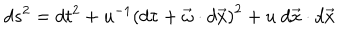
LaTeX: d s ^ { 2 } = d t ^ { 2 } + u ^ { - 1 } \left( d \tau + \vec { \omega } \cdot d \vec { x } \right) ^ { 2 } + u ~ d \vec { x } \cdot d \vec { x }